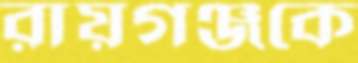
রায়গঞ্জকে